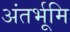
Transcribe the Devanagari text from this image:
अंतर्भूमि